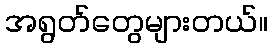
အရွတ်တွေများတယ်။